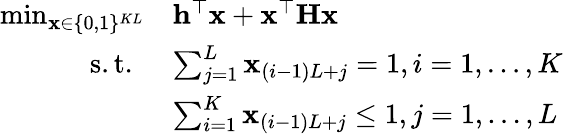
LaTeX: \begin{array}{rl}{\operatorname*{min}_{\mathbf{x}\in\{ 0,1\} ^{KL}}}&{\mathbf{h}^{\top}\mathbf{x}+\mathbf{x}^{\top}\mathbf{H}\mathbf{x}}\\ {\mathrm{~s.t.~}}&{\sum_{j=1}^{L}\mathbf{x}_{(i-1)L+j}=1,i=1,\ldots,K}\\ &{\sum_{i=1}^{K}\mathbf{x}_{(i-1)L+j}\leq 1,j=1,\ldots,L}\end{array}